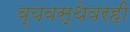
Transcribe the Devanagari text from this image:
व्यवस्थेवरही